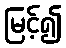
မြင့်၍